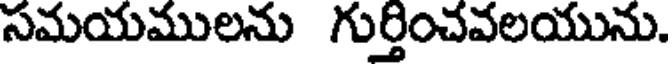
సమయములను గుర్తించవలయును.